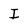
Character: I